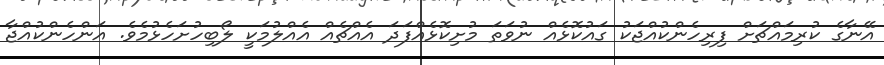
އޭނާގެ ކުރިމައްޗަށް ފިރިހެންކުއްޖަކު ގައުކޮޅެއް ނުވަތަ މުށިކޮޅެއްފަދަ އެއްޗެއް އެއްލުމަކީ ލޯބިހުށަހެޅުމެވެ. އަންހެންކުއްޖާ